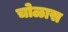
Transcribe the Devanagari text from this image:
चोळास